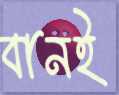
বানই